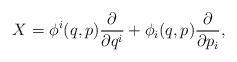
LaTeX: \begin{align*} X=\phi^i(q,p)\frac{\partial}{\partial q^i}+\phi_i(q,p)\frac{\partial}{\partial p_i},\end{align*}